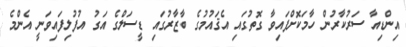
އިންޑިއާ ސަރުކާރުން ހާމަކޮށްފައިވާ ގޮތުގައި އެޤައުމުގެ ބާޒާރުގައި ޑީސަލްގެ އަގު އުފުލިފައިވަނީ އެންމެ